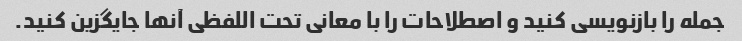
جمله را بازنویسی کنید و اصطلاحات را با معانی تحت اللفظی آنها جایگزین کنید.